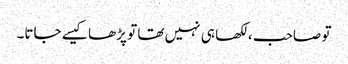
تو صاحب ، لکھا ہی نہیں تھا تو پڑھا کیسے جاتا۔